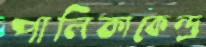
পালিকাকেন্দ্র